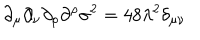
\partial _ { \mu } \partial _ { \nu } \partial _ { \rho } \partial ^ { \rho } \sigma ^ { 2 } = 4 8 \lambda ^ { 2 } \delta _ { \mu \nu }